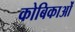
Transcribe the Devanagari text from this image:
कोबिकाओं